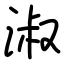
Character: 淑